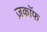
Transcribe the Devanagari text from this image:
ज़काॅफ